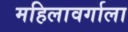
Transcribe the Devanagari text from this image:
महिलावर्गाला